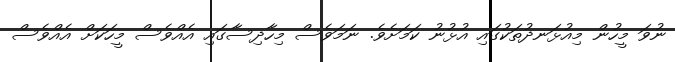
ނުވަ މީހުން މިއުޅަނދުތަކުގައި އުޅުނު ކަމަށެވެ. ނަމަވެސް މިހާދިސާގައި އެއްވެސް މީހަކަށް އެއްވެސް